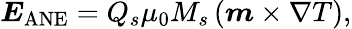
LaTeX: \boldsymbol{E}_{\mathrm{ANE}}=Q_{s}\mu_{0}M_{s}\left(\boldsymbol{m}\times\nabla T\right),